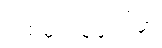
ပထမတစ်ချက်မှာ